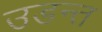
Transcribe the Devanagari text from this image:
उडन्त